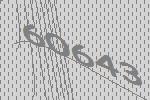
60643